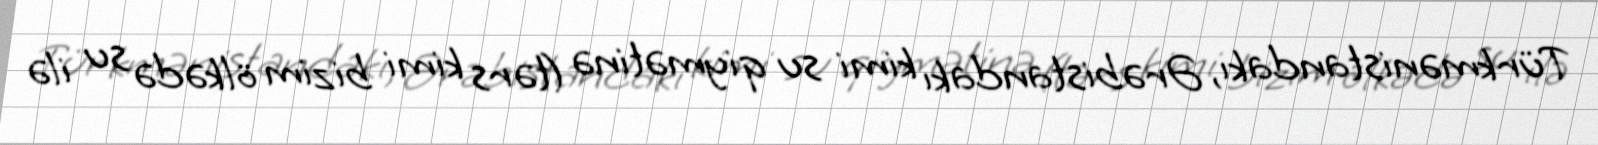
Türkmənistandakı, Ərəbistandakı kimi su qiymətinə (tərs kimi bizim ölkədə su ilə